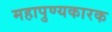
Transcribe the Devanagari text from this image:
महापुण्यकारक